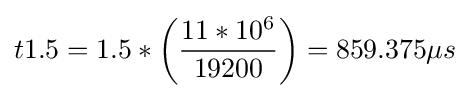
t1.5=1.5*\left({\frac {11*10^{6}}{19200}}\right)=859.375\mu s